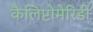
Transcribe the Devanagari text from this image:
कैलिप्टोमेरिडी